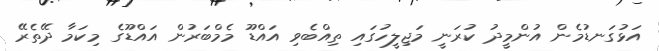
އަޅުގަނޑުމެން އުންމީދު ކުރަނީ މަޖިލީހުގައި ތިއްބެވި އައްޑޫ މެމްބަރުން އައްޑޫގެ މިކަމާ ދޭތެރޭ